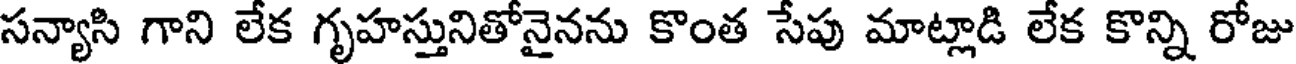
సన్యాసి గాని లేక గృహస్తునితోనైనను కొంత సేపు మాట్లాడి లేక కొన్ని రోజు